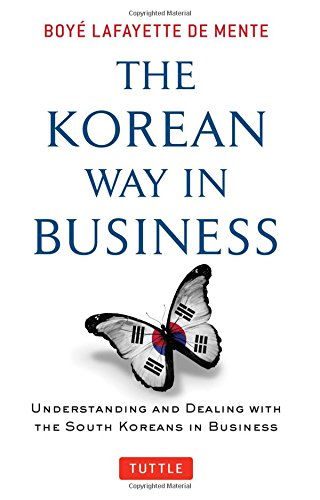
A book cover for The Korean Way In Business: Understanding and Dealing with the South Koreans in Business; Boye Lafayette De Mente; Travel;